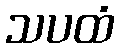
သပထံ